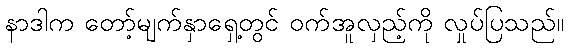
နာဒါက တော့်မျက်နှာရှေ့တွင် ဝက်အူလှည့်ကို လှုပ်ပြသည်။